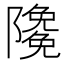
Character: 𨽊